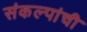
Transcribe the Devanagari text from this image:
संकल्पांची